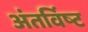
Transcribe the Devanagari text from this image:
अंतर्विष्‍ट